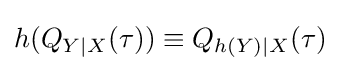
h(Q_{Y|X}(\tau ))\equiv Q_{h(Y)|X}(\tau )